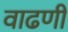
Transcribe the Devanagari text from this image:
वाढणी